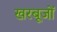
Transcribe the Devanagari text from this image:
खरबूजों